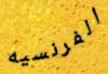
الفرنسيه